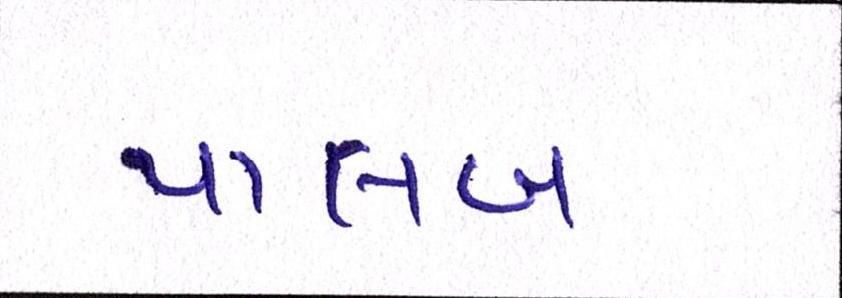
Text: પાલખ